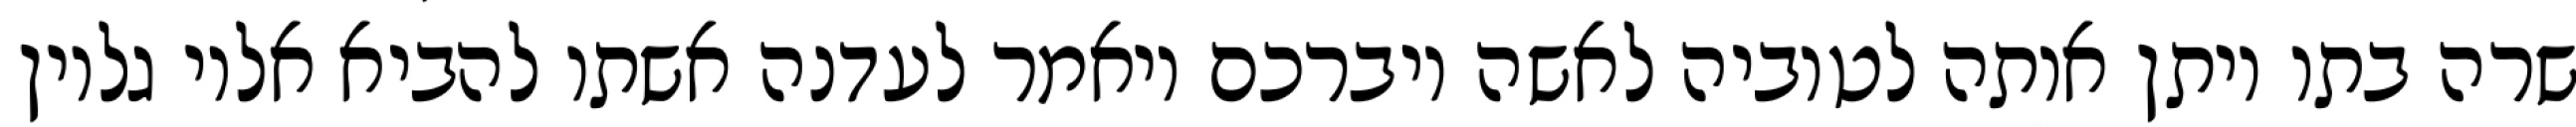
שרה בתו ויתן אותה לטוביה לאשה ויברכם ויאמר לעדנה אשתו להביא אליו גליון